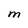
Character: M